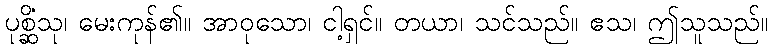
ပုစ္ဆိံသု၊ မေးကုန်၏။ အာဝုသော၊ ငါ့ရှင်။ တယာ၊ သင်သည်။ ဧသ၊ ဤသူသည်။